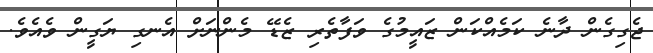
ޖެގިގެން ދާނެ ކަމެއްކަން ޒައީމުގެ ވަފާތެރި ޒެޑޭ މެންނަށް އެނގި ޔަގީން ވެއެވެ.